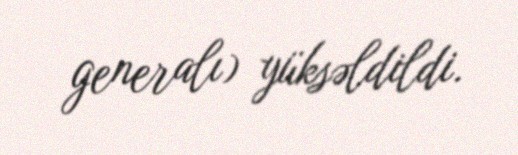
generalı) yüksəldildi.